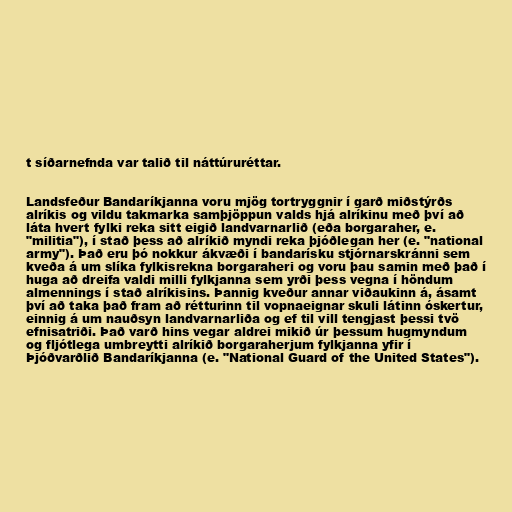
t síðarnefnda var talið til náttúruréttar.

Landsfeður Bandaríkjanna voru mjög tortryggnir í garð miðstýrðs
alríkis og vildu takmarka samþjöppun valds hjá alríkinu með því að
láta hvert fylki reka sitt eigið landvarnarlið (eða borgaraher, e.
"militia"), í stað þess að alríkið myndi reka þjóðlegan her (e. "national
army"). Það eru þó nokkur ákvæði í bandarísku stjórnarskránni sem
kveða á um slíka fylkisrekna borgaraheri og voru þau samin með það í
huga að dreifa valdi milli fylkjanna sem yrði þess vegna í höndum
almennings í stað alríkisins. Þannig kveður annar viðaukinn á, ásamt
því að taka það fram að rétturinn til vopnaeignar skuli látinn óskertur,
einnig á um nauðsyn landvarnarliða og ef til vill tengjast þessi tvö
efnisatriði. Það varð hins vegar aldrei mikið úr þessum hugmyndum
og fljótlega umbreytti alríkið borgaraherjum fylkjanna yfir í
Þjóðvarðlið Bandaríkjanna (e. "National Guard of the United States").